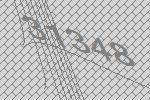
31348